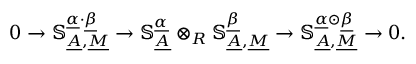
0 \to \mathbb { S } _ { \underline { { A } } , \underline { { M } } } ^ { \underline { { \alpha } } \cdot \underline { { \beta } } } \to \mathbb { S } _ { \underline { { A } } } ^ { \underline { { \alpha } } } \otimes _ { R } \mathbb { S } _ { \underline { { A } } , \underline { { M } } } ^ { \underline { { \beta } } } \to \mathbb { S } _ { \underline { { A } } , \underline { { M } } } ^ { \underline { { \alpha } } \odot \underline { { \beta } } } \to 0 .